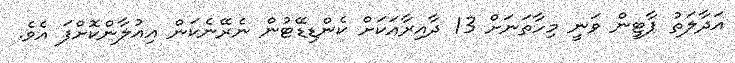
އަދާލަތު ޕާޓީން ވަނީ މިހާތަނަށް 13 ދާއިރާއަކަށް ކެންޑިޑޭޓުން ނެރޭނެކަން އިއުލާންކޮށްފަ އެވެ.